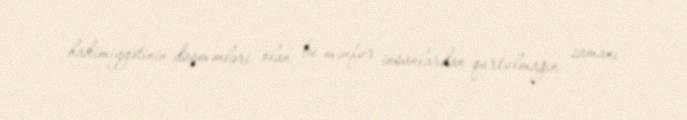
hakimiyyətinin düşmənləri olan bu mənfur insanlardan qurtulmağın zamanı